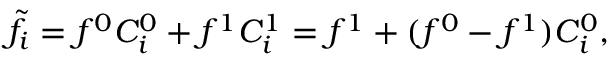
\widetilde { f } _ { i } = f ^ { 0 } C _ { i } ^ { 0 } + f ^ { 1 } C _ { i } ^ { 1 } = f ^ { 1 } + ( f ^ { 0 } - f ^ { 1 } ) C _ { i } ^ { 0 } ,